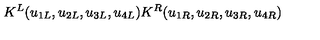
K ^ { L } ( u _ { 1 L } , u _ { 2 L } , u _ { 3 L } , u _ { 4 L } ) K ^ { R } ( u _ { 1 R } , u _ { 2 R } , u _ { 3 R } , u _ { 4 R } )